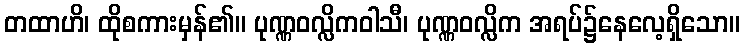
တထာဟိ၊ ထိုစကားမှန်၏။ ပုဏ္ဏဝလ္လိကဝါသီ၊ ပုဏ္ဏဝလ္လိက အရပ်၌နေလေ့ရှိသော။